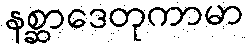
နစ္ဆာဒေတုကာမာ